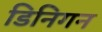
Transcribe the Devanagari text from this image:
डिनिगन